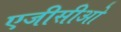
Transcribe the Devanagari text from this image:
एजीसीओ